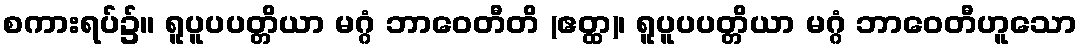
စကားရပ်၌။ ရူပူပပတ္တိယာ မဂ္ဂံ ဘာဝေတီတိ (ဧတ္ထ)၊ ရူပူပပတ္တိယာ မဂ္ဂံ ဘာဝေတီဟူသော